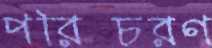
পরিচরণ